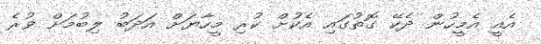
އެއީ އެމީހުން ދެކޭ ގޮތުގައި އެކުށް ކުރި މީހާޔަށް އަދަބު ލިބުމަށް ވުރެ